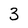
Character: 3